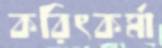
করিৎকর্মা